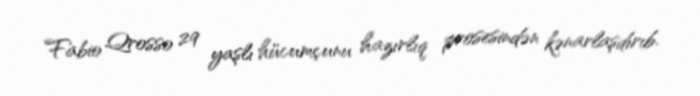
Fabio Qrosso 29 yaşlı hücumçunu hazırlıq prosesindən kənarlaşdırıb.